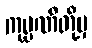
ကုမ္ပဏီတို့မှ